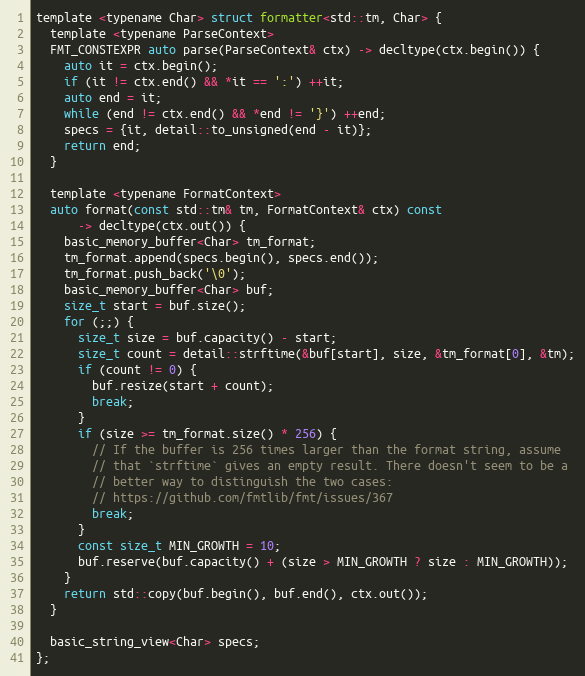
Language: C
template <typename Char> struct formatter<std::tm, Char> {
  template <typename ParseContext>
  FMT_CONSTEXPR auto parse(ParseContext& ctx) -> decltype(ctx.begin()) {
    auto it = ctx.begin();
    if (it != ctx.end() && *it == ':') ++it;
    auto end = it;
    while (end != ctx.end() && *end != '}') ++end;
    specs = {it, detail::to_unsigned(end - it)};
    return end;
  }

  template <typename FormatContext>
  auto format(const std::tm& tm, FormatContext& ctx) const
      -> decltype(ctx.out()) {
    basic_memory_buffer<Char> tm_format;
    tm_format.append(specs.begin(), specs.end());
    tm_format.push_back('\0');
    basic_memory_buffer<Char> buf;
    size_t start = buf.size();
    for (;;) {
      size_t size = buf.capacity() - start;
      size_t count = detail::strftime(&buf[start], size, &tm_format[0], &tm);
      if (count != 0) {
        buf.resize(start + count);
        break;
      }
      if (size >= tm_format.size() * 256) {
        // If the buffer is 256 times larger than the format string, assume
        // that `strftime` gives an empty result. There doesn't seem to be a
        // better way to distinguish the two cases:
        // https://github.com/fmtlib/fmt/issues/367
        break;
      }
      const size_t MIN_GROWTH = 10;
      buf.reserve(buf.capacity() + (size > MIN_GROWTH ? size : MIN_GROWTH));
    }
    return std::copy(buf.begin(), buf.end(), ctx.out());
  }

  basic_string_view<Char> specs;
};